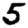
Digit: 5